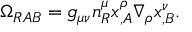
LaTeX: \Omega _ { R A B } = g _ { \mu \nu } n _ { R } ^ { \mu } x _ { , A } ^ { \rho } \nabla _ { \rho } x _ { , B } ^ { \nu } .